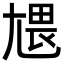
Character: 㞇